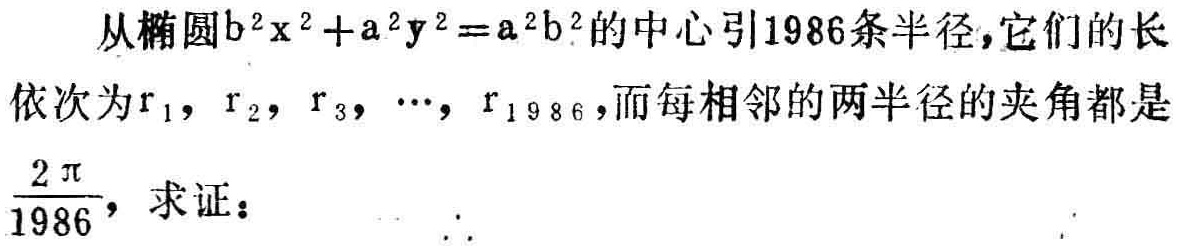
从椭圆\(b^{2}x^{2}+a^{2}y^{2}=a^{2}b^{2}\)的中心引1986条半径，它们的长依次为\(r_{1}, r_{2}, r_{3}, \cdots, r_{1986}\)，而每相邻的两半径的夹角都是\(\frac{2\pi}{1986}\)，求证：